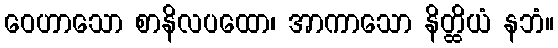
ဝေဟာသော စာနိလပထော၊ အာကာသော နိတ္ထိယံ နဘံ။